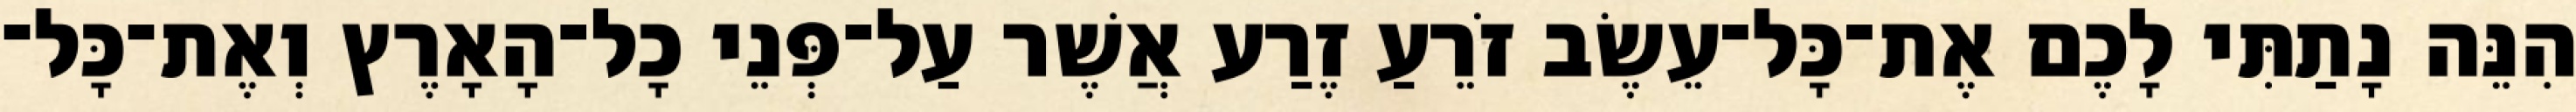
הִנֵּה נָתַתִּי לָכֶם אֶת־כָּל־עֵשֶׂב זֹרֵעַ זֶרַע אֲשֶׁר עַל־פְּנֵי כָל־הָאָרֶץ וְאֶת־כָּל־